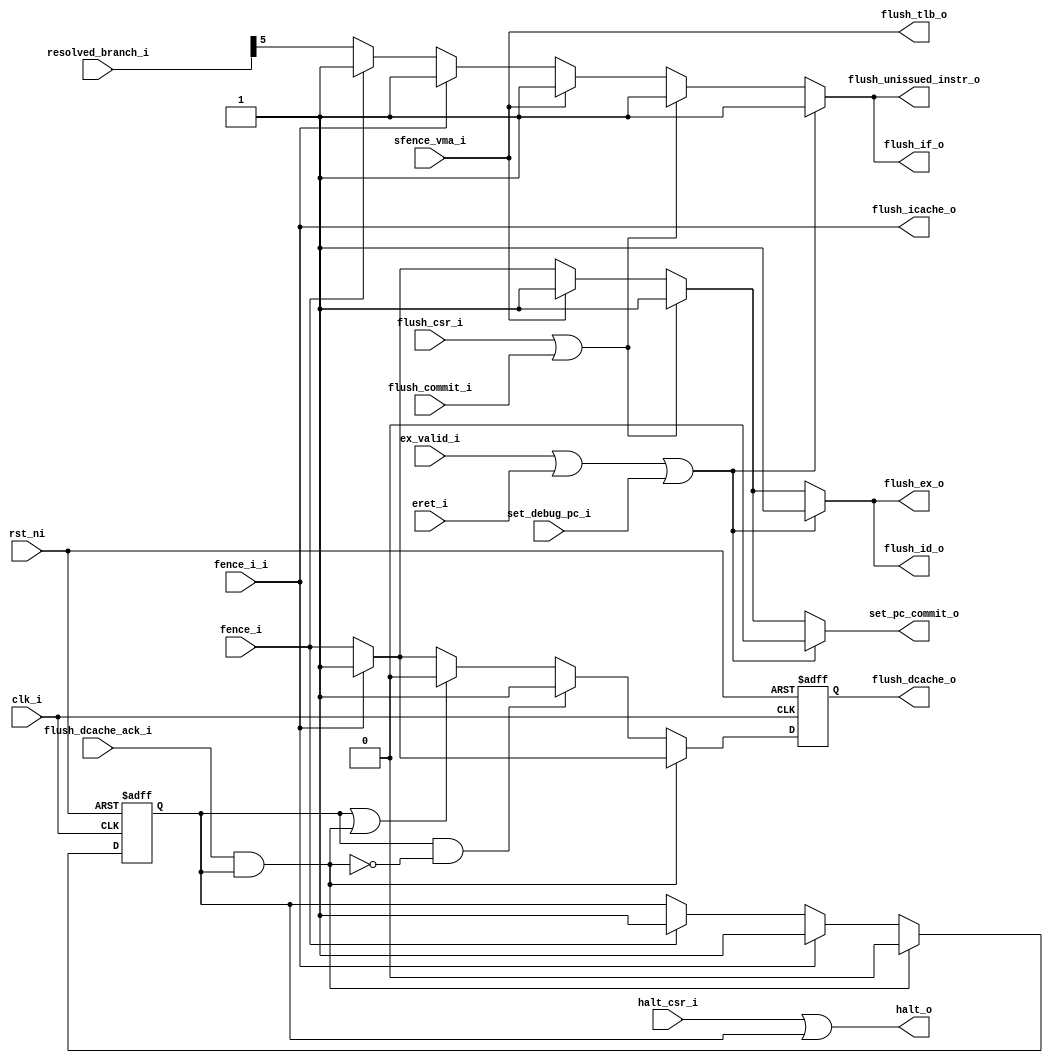
module controller
(
  clk_i,
  rst_ni,
  set_pc_commit_o,
  flush_if_o,
  flush_unissued_instr_o,
  flush_id_o,
  flush_ex_o,
  flush_icache_o,
  flush_dcache_o,
  flush_dcache_ack_i,
  flush_tlb_o,
  halt_csr_i,
  halt_o,
  eret_i,
  ex_valid_i,
  set_debug_pc_i,
  resolved_branch_i,
  flush_csr_i,
  fence_i_i,
  fence_i,
  sfence_vma_i,
  flush_commit_i
);

  input [133:0] resolved_branch_i;
  input clk_i;
  input rst_ni;
  input flush_dcache_ack_i;
  input halt_csr_i;
  input eret_i;
  input ex_valid_i;
  input set_debug_pc_i;
  input flush_csr_i;
  input fence_i_i;
  input fence_i;
  input sfence_vma_i;
  input flush_commit_i;
  output set_pc_commit_o;
  output flush_if_o;
  output flush_unissued_instr_o;
  output flush_id_o;
  output flush_ex_o;
  output flush_icache_o;
  output flush_dcache_o;
  output flush_tlb_o;
  output halt_o;
  wire set_pc_commit_o,flush_if_o,flush_unissued_instr_o,flush_id_o,flush_ex_o,
  flush_icache_o,flush_tlb_o,halt_o,N0,N1,N2,N3,N4,N5,N6,N7,N8,N9,flush_if_o,flush_ex_o,
  fence_active_d,flush_dcache,N10,N11,N12,N13,N14,N15,N16,N17,N18,N19,N20,N21,N22,
  N23,N24,N25,N26,N27,N28,N29,N30,N31,N32;
  reg flush_dcache_o,fence_active_q;
  assign flush_unissued_instr_o = flush_if_o;
  assign flush_id_o = flush_ex_o;

  always @(posedge clk_i or posedge N31) begin
    if(N31) begin
      flush_dcache_o <= 1'b0;
    end else if(1'b1) begin
      flush_dcache_o <= flush_dcache;
    end 
  end


  always @(posedge clk_i or posedge N31) begin
    if(N31) begin
      fence_active_q <= 1'b0;
    end else if(1'b1) begin
      fence_active_q <= fence_active_d;
    end 
  end

  assign N11 = (N0)? 1'b1 : 
               (N1)? resolved_branch_i[5] : 1'b0;
  assign N0 = fence_i;
  assign N1 = N10;
  assign N12 = (N0)? 1'b1 : 
               (N1)? fence_active_q : 1'b0;
  assign N14 = (N2)? 1'b1 : 
               (N3)? N11 : 1'b0;
  assign N2 = flush_icache_o;
  assign N3 = N13;
  assign N15 = (N2)? 1'b1 : 
               (N3)? fence_i : 1'b0;
  assign N16 = (N2)? 1'b1 : 
               (N3)? N12 : 1'b0;
  assign fence_active_d = (N4)? 1'b0 : 
                          (N20)? N16 : 
                          (N5)? N16 : 1'b0;
  assign N4 = N17;
  assign N5 = 1'b0;
  assign flush_dcache = (N4)? N15 : 
                        (N30)? 1'b1 : 
                        (N19)? N15 : 1'b0;
  assign N22 = (N6)? 1'b1 : 
               (N7)? N14 : 1'b0;
  assign N6 = flush_tlb_o;
  assign N7 = N21;
  assign N23 = (N6)? 1'b1 : 
               (N7)? N15 : 1'b0;
  assign N26 = (N8)? 1'b1 : 
               (N25)? N22 : 1'b0;
  assign N8 = N24;
  assign N27 = (N8)? 1'b1 : 
               (N25)? N23 : 1'b0;
  assign set_pc_commit_o = (N9)? 1'b0 : 
                           (N29)? N27 : 1'b0;
  assign N9 = N28;
  assign flush_if_o = (N9)? 1'b1 : 
                      (N29)? N26 : 1'b0;
  assign flush_ex_o = (N9)? 1'b1 : 
                      (N29)? N27 : 1'b0;
  assign N10 = ~fence_i;
  assign N13 = ~fence_i_i;
  assign flush_icache_o = fence_i_i;
  assign N17 = flush_dcache_ack_i & fence_active_q;
  assign N18 = fence_active_q | N17;
  assign N19 = ~N18;
  assign N20 = ~N17;
  assign N21 = ~sfence_vma_i;
  assign flush_tlb_o = sfence_vma_i;
  assign N24 = flush_csr_i | flush_commit_i;
  assign N25 = ~N24;
  assign N28 = N32 | set_debug_pc_i;
  assign N32 = ex_valid_i | eret_i;
  assign N29 = ~N28;
  assign N30 = fence_active_q & N20;
  assign halt_o = halt_csr_i | fence_active_q;
  assign N31 = ~rst_ni;

endmodule